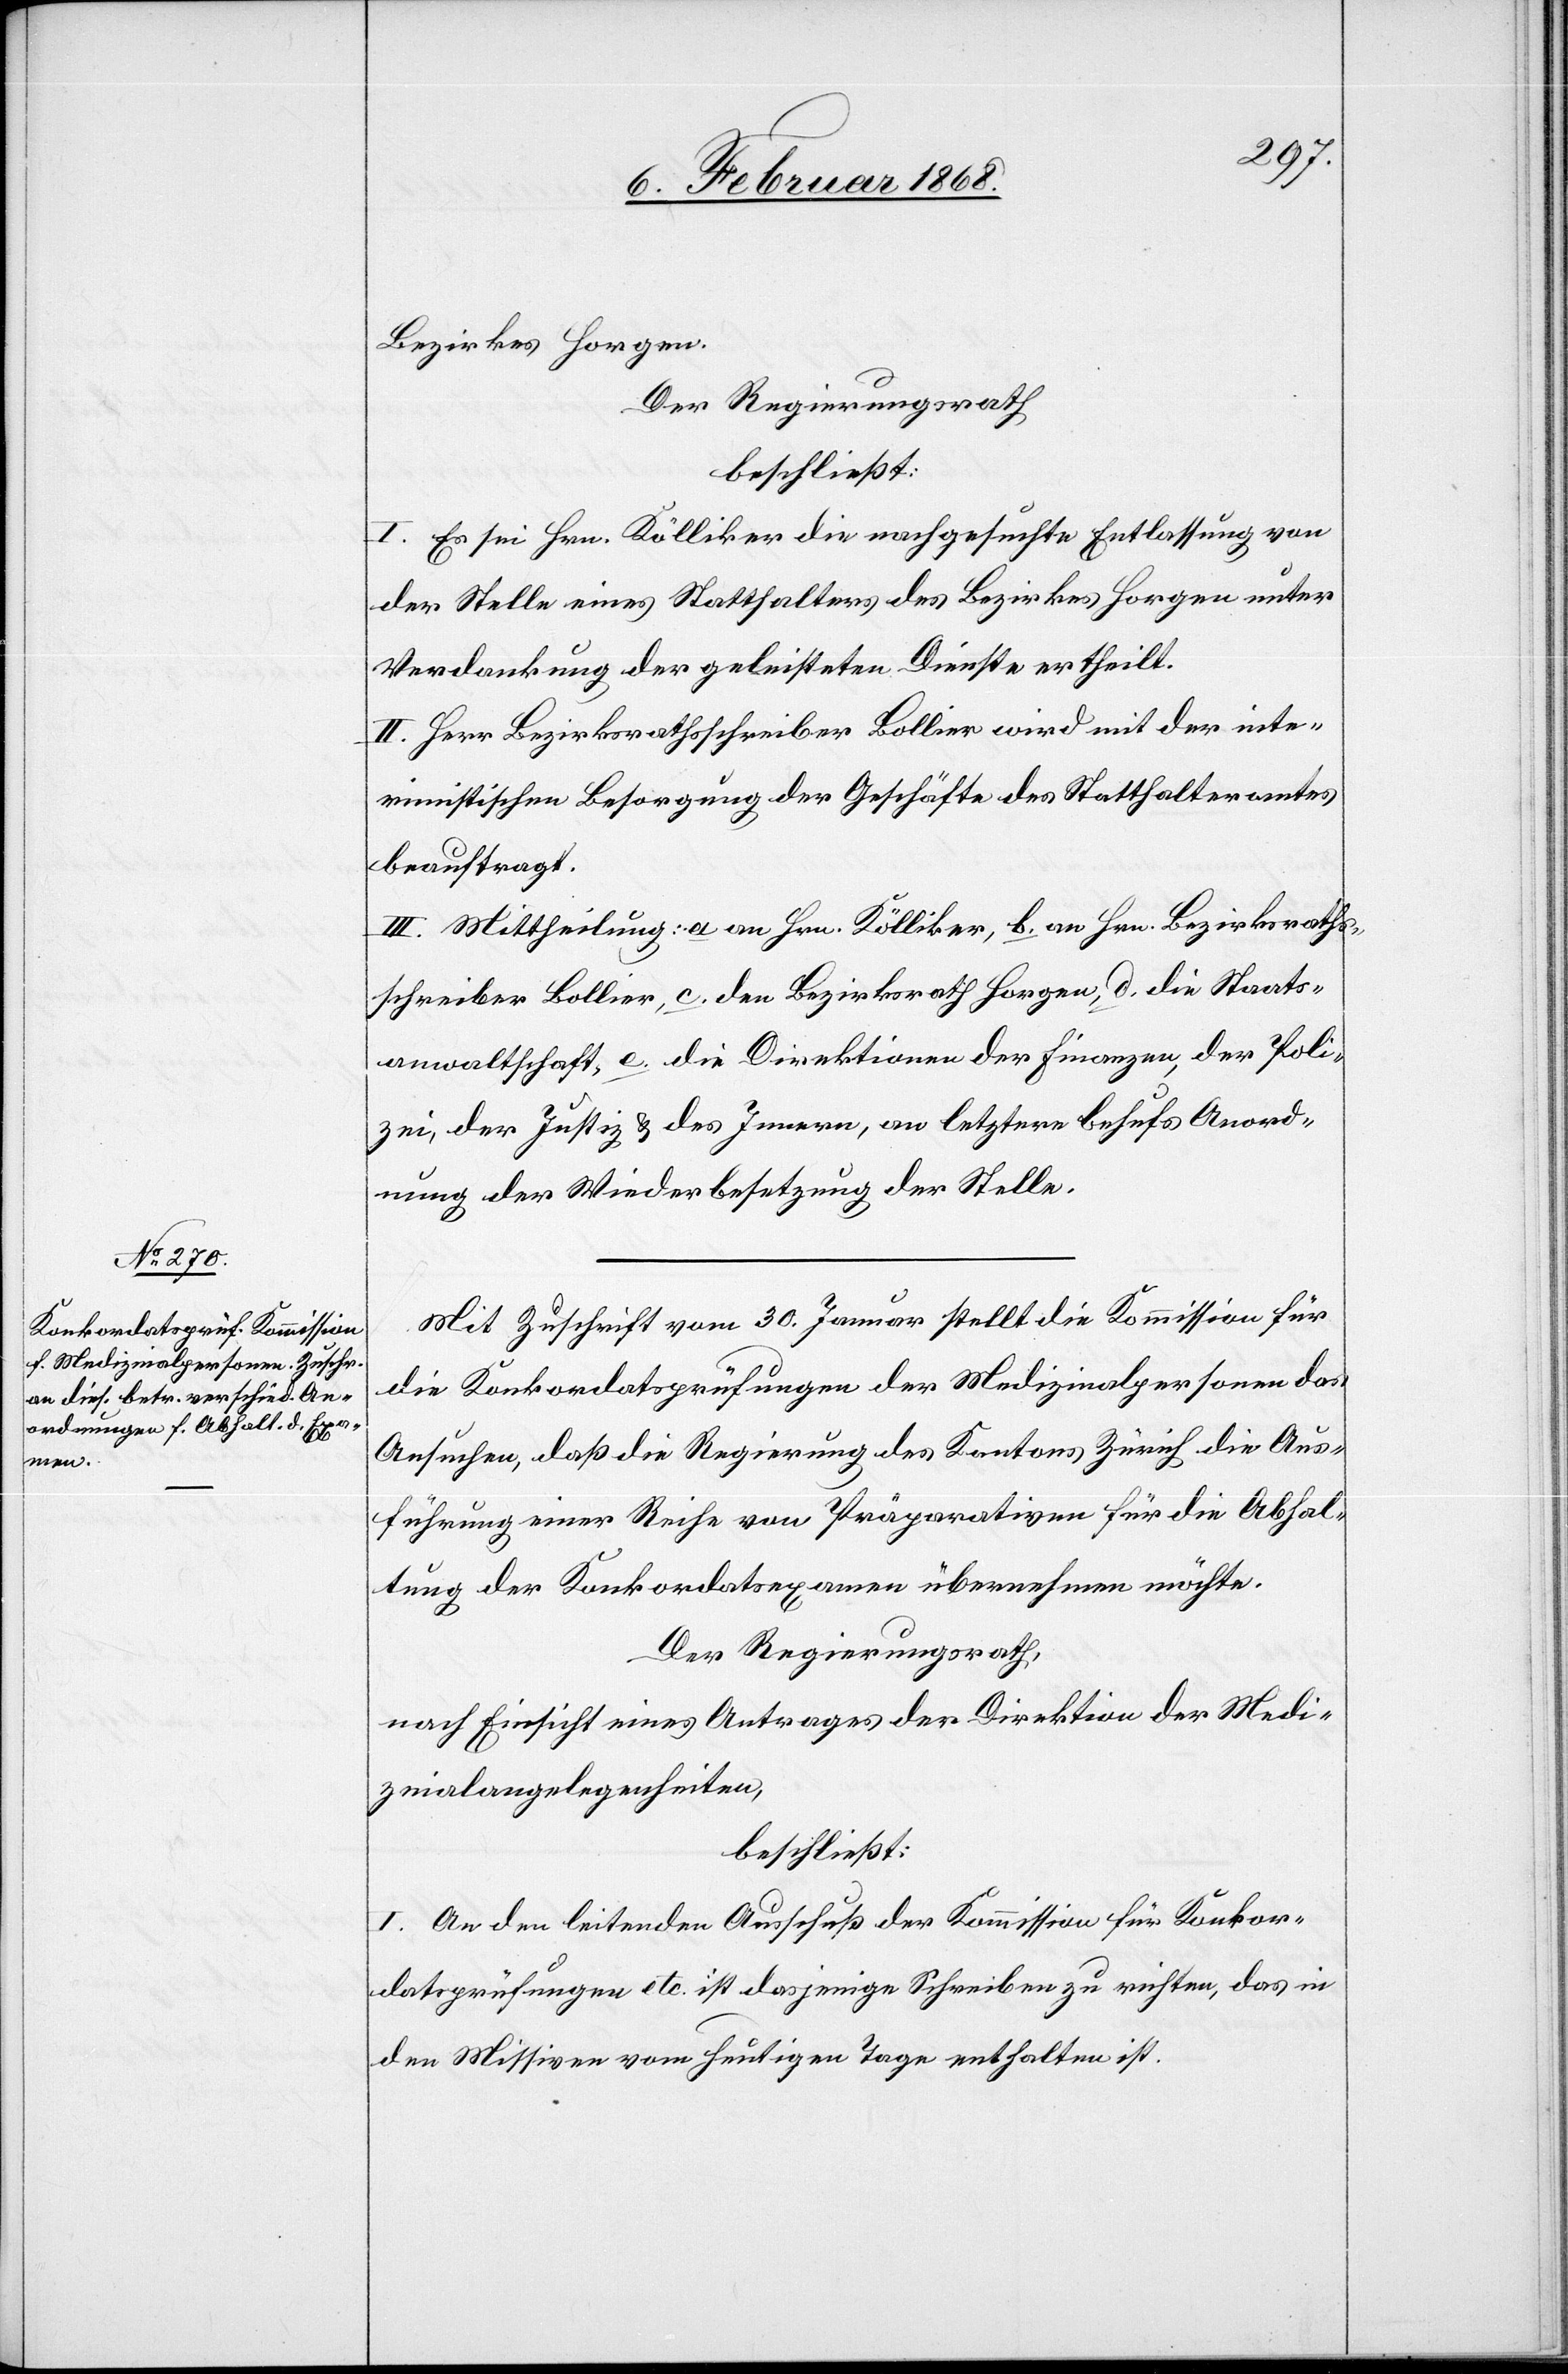
10. Februar 1868.]
Bezirkes Horgen.
Der Regierungsrath
beschließt:
I. Es sei Hrn. Kölliker die nachgesuchte Entlassung von
der Stelle eines Statthalters des Bezirkes Horgen unter
Verdankung der geleisteten Dienste ertheilt.
II. Herr Bezirksrathsschreiber Bollier wird mit der inte¬
rimistischen Besorgung der Geschäfte des Statthalteramtes
beauftragt.
III. Mittheilung: a an Hrn. Kölliker, b. an Hrn. Bezirksraths¬
schreiber Bollier, c. den Bezirksrath Horgen, d. die Staats¬
anwaltschaft, e. die Direktionen der Finanzen, der Poli¬
zei, der Justiz & des Innern, an letztere behufs Anord¬
nung der Wiederbesetzung der Stelle.
Mit Zuschrift vom 30. Januar stellt die Kommission für
die Konkordatsprüfungen der Medizinalpersonen das
Ansuchen, daß die Regierung des Kantons Zürich die Aus¬
führung einer Reihe von Präparativen für die Abhal¬
tung der Konkordatsexamen übernehmen möchte.
Der Regierungsrath,
nach Einsicht eines Antrages der Direktion der Medi¬
zinalangelegenheiten,
beschließt:
I. An den leitenden Ausschuß der Kommission für Konkor¬
datsprüfungen etc. ist dasjenige Schreiben zu richten, das in
den Missiven vom heutigen Tage enthalten ist.